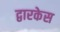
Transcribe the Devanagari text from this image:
द्वारकेस